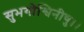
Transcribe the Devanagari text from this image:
सुभगोश्विनीषु।।